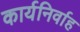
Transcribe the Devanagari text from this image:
कार्यनिर्वाह